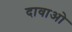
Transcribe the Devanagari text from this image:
दावाओ